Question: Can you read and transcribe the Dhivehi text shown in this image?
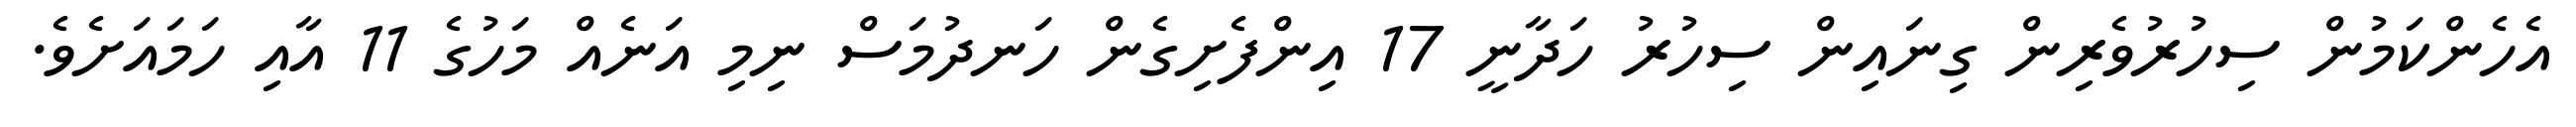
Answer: އެހެންކަމުން ސިހުރުވެރިން ގިނައިން ސިހުރު ހަދާނީ 17 އިންފެށިގެން ހަނދުމަސް ނިމި އަނެއް މަހުގެ 11 އާއި ހަމައަށެވެ.